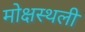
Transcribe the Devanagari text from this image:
मोक्षस्थली